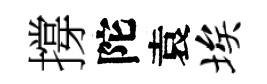
撐陀袁埃